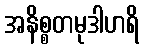
အနိစ္စတမုဒါဟရိ